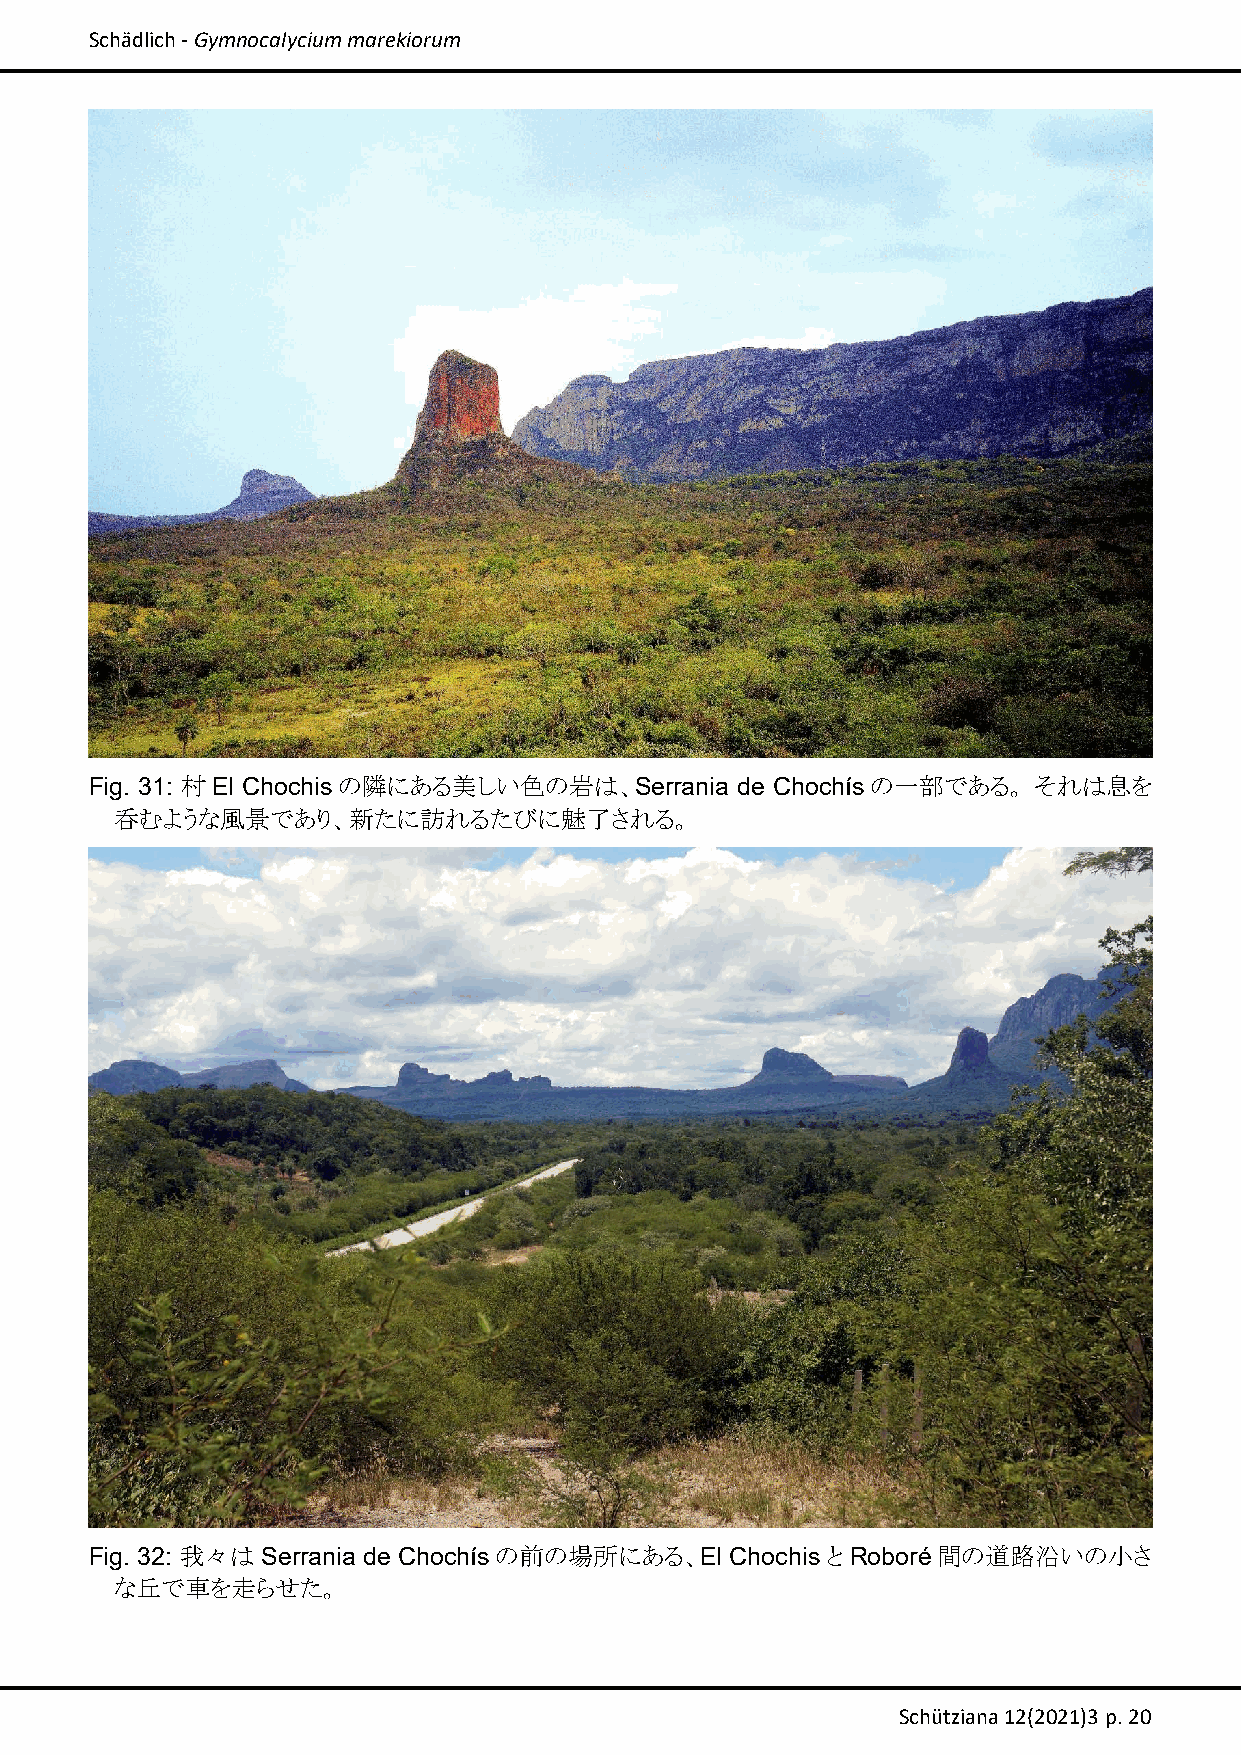
Schädlich ‐ Gymnocalycium marekiorum
 Fig. 31: 村El Chochisの隣にある美しい色の岩は、Serrania  de Chochísの一部である。  それは息を
 呑むような風景であり、新たに訪れるたびに魅了される。
 Fig. 32: 我々は Serrania de Chochísの前の場所にある、El Chochisと Roboré間の道路沿いの小さ
 な丘で車を走らせた。
 Schütziana 12(2021)3 p. 20